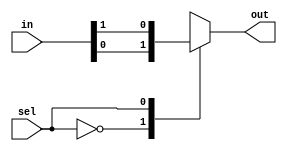
`timescale 1ns / 1ps

module mux2to1(input [1:0] in,
					input sel,
					output reg out);
				always@(in or sel)
				begin
					case(sel)
						1'b0 : out = in[0];
						1'b1 : out = in[1];
					endcase
				end	


endmodule